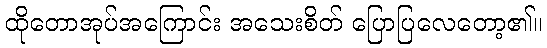
ထိုတောအုပ်အကြောင်း အသေးစိတ် ပြောပြလေတော့၏။